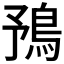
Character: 𩿎